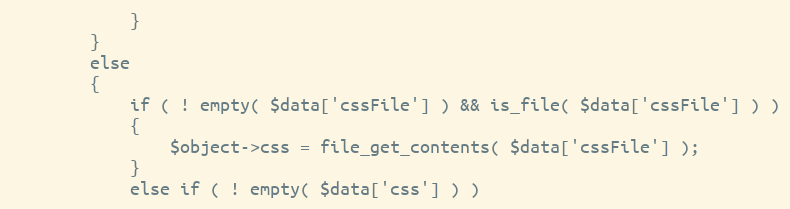
Language: PHP
            }
        }
        else
        {
            if ( ! empty( $data['cssFile'] ) && is_file( $data['cssFile'] ) )
            {
                $object->css = file_get_contents( $data['cssFile'] );
            }
            else if ( ! empty( $data['css'] ) )